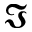
\Im